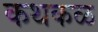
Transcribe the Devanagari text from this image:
कथकळ